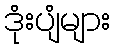
ဒုံးပျံများ